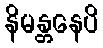
နိမန္တနေပိ